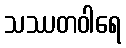
သဿတဝါရေ